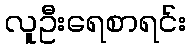
လူဦးရေစာရင်း